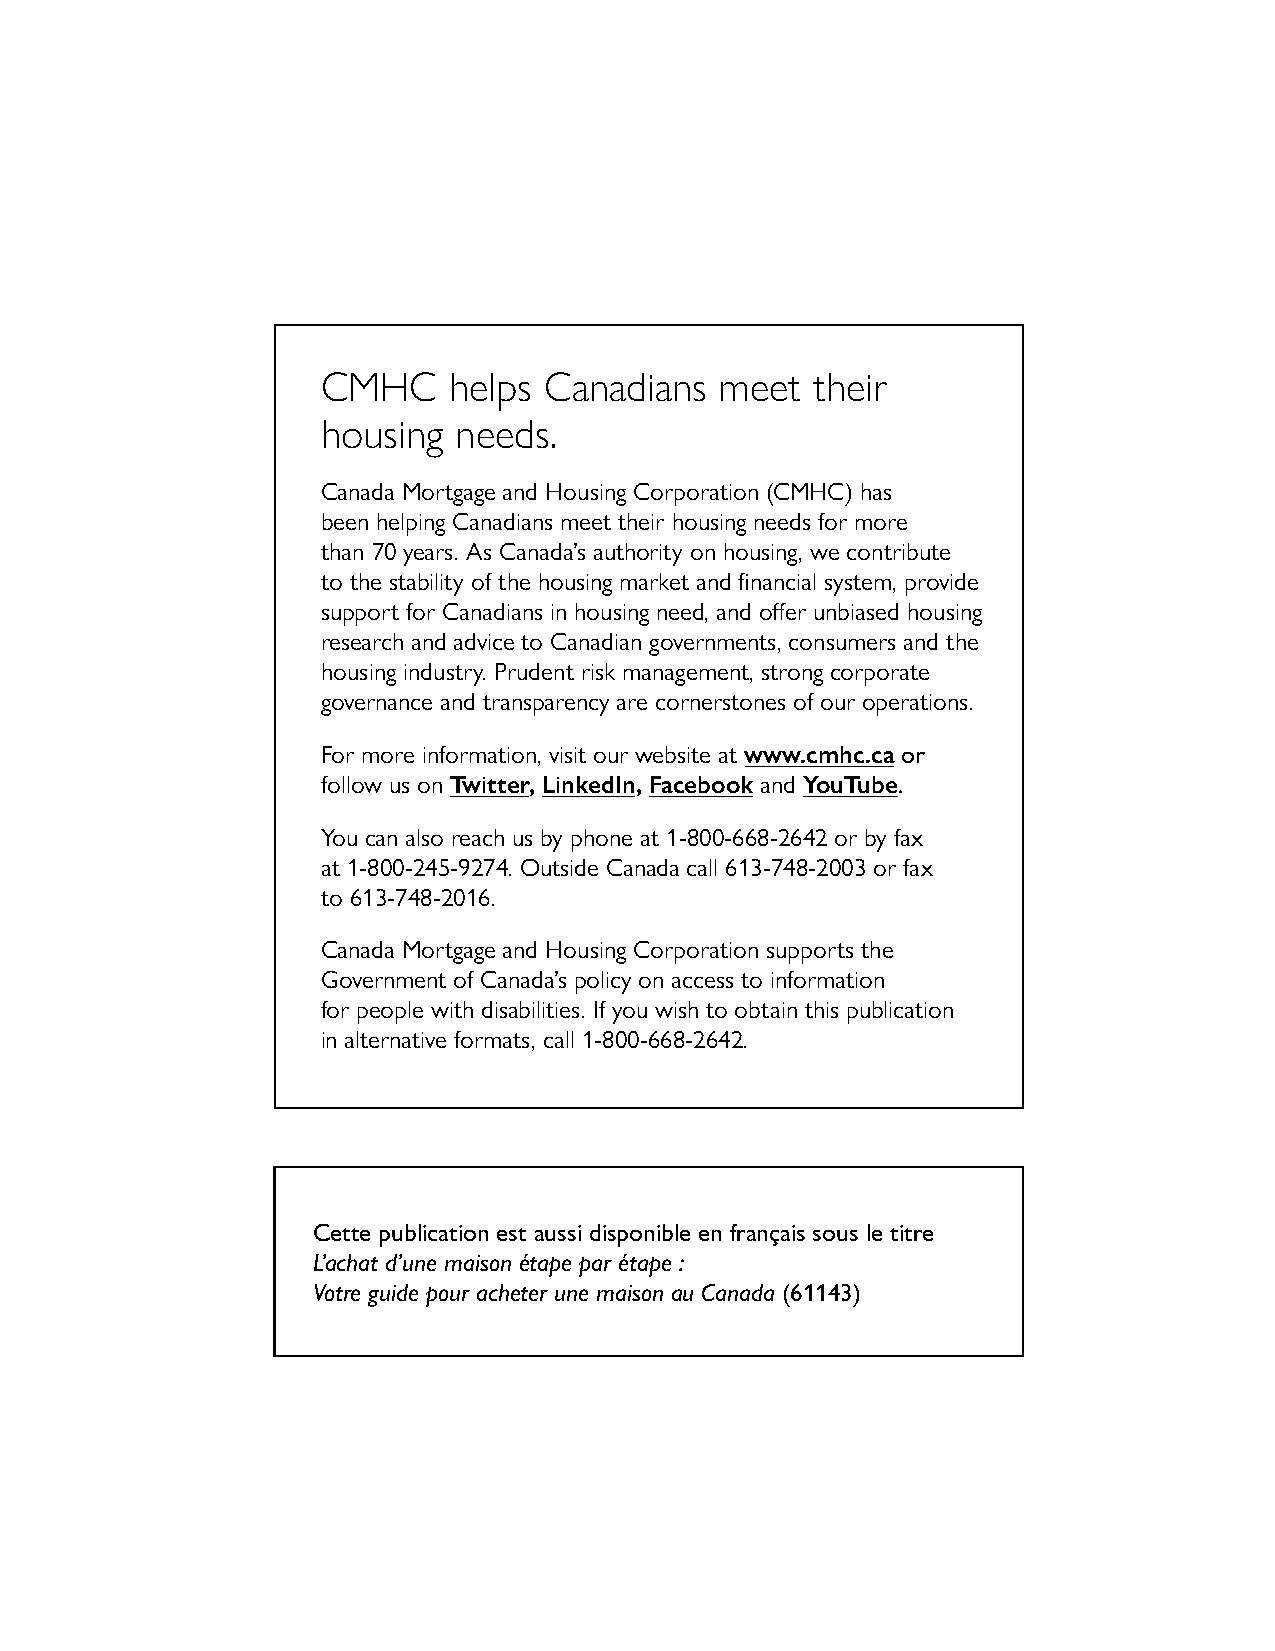
CMHC     helps Canadians   meet  their
 housing  needs.
 Canada Mortgage and Housing Corporation (CMHC) has
 been helping Canadians meet their housing needs for more
 than 70 years. As Canada’s authority on housing, we contribute
 to the stability of the housing market and financial system, provide
 support for Canadians in housing need, and offer unbiased housing
 research and advice to Canadian governments, consumers and the
 housing industry. Prudent risk management, strong corporate
 governance and transparency are cornerstones of our operations.
 For more information, visit our website at www.cmhc.ca or
 follow us on Twitter, LinkedIn, Facebook and YouTube.
 You can also reach us by phone at 1-800-668-2642 or by fax
 at 1-800-245-9274. Outside Canada call 613-748-2003 or fax
 to 613-748-2016.
 Canada Mortgage and Housing Corporation supports the
 Government of Canada’s policy on access to information
 for people with disabilities. If you wish to obtain this publication
 in alternative formats, call 1-800-668-2642.
 Cette publication est aussi disponible en français sous le titre
 L’achat d’une maison étape par étape :
 Votre guide pour acheter une maison au Canada (61143)